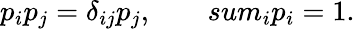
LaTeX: p_{i}p_{j}=\delta_{ij}p_{j},\ \ \ \ \ \ \ \, sum_{i}p_{i}=1.